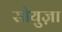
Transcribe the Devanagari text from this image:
सोयुज़ा